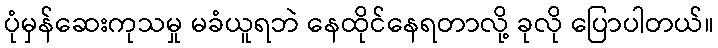
ပုံမှန်ဆေးကုသမှု မခံယူရဘဲ နေထိုင်နေရတာလို့ ခုလို ပြောပါတယ်။